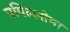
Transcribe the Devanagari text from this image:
पपिल्लोमा